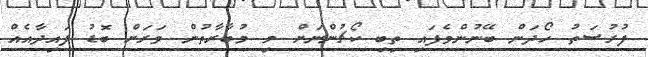
ފުރުސަތު ހޯދަން ބޭނުންވެފައި ތިބި ކޯޗުންނަށް މި މުބާރާތުން ވަރަށް ބޮޑު ފައިދާއެއް